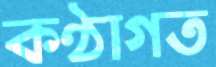
কণ্ঠাগত